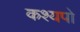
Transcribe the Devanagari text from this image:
कश्यपो